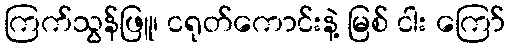
ကြက်သွန်ဖြူ၊ ငရုတ်ကောင်းနဲ့ မြစ် ငါး ကြော်